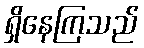
ရှိနေကြသည်